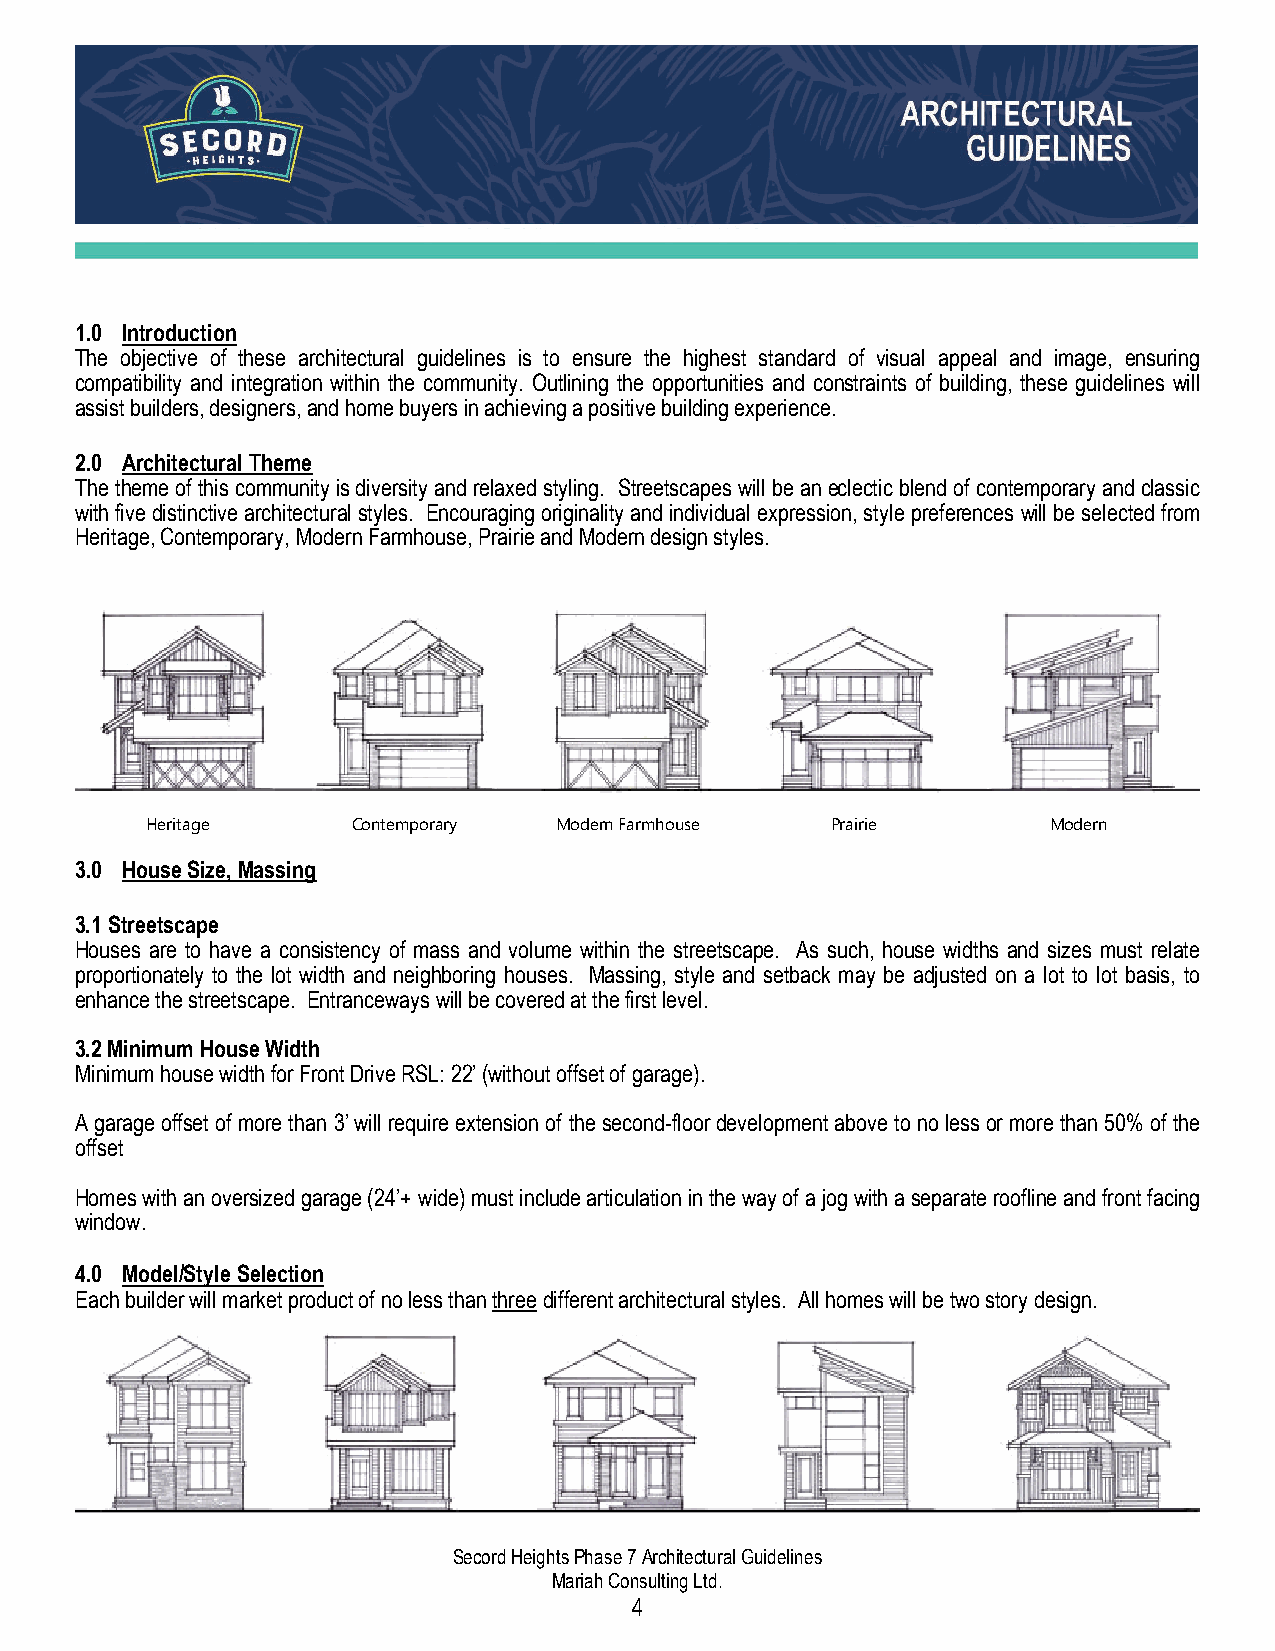
1.0 Introduction
 The objective of these architectural guidelines is to ensure the highest standard of visual appeal and image, ensuring
 compatibility and integration within the community. Outlining the opportunities and constraints of building, these guidelines will
 assist builders, designers, and home buyers in achieving a positive building experience.
 2.0 Architectural Theme
 The theme of this community is diversity and relaxed styling. Streetscapes will be an eclectic blend of contemporary and classic
 with five distinctive architectural styles. Encouraging originality and individual expression, style preferences will be selected from
 Heritage, Contemporary, Modern Farmhouse, Prairie and Modern design styles.
 Heritage     Contemporary  Modern Farmhouse  Prairie       Modern
 3.0 House Size, Massing
 3.1 Streetscape
 Houses are to have a consistency of mass and volume within the streetscape. As such, house widths and sizes must relate
 proportionately to the lot width and neighboring houses. Massing, style and setback may be adjusted on a lot to lot basis, to
 enhance the streetscape. Entranceways will be covered at the first level.
 3.2 Minimum House Width
 Minimum house width for Front Drive RSL: 22’ (without offset of garage).
 A garage offset of more than 3’ will require extension of the second-floor development above to no less or more than 50% of the
 offset
 Homes with an oversized garage (24’+ wide) must include articulation in the way of a jog with a separate roofline and front facing
 window.
 4.0 Model/Style Selection
 Each builder will market product of no less than three different architectural styles. All homes will be two story design.
 Secord Heights Phase 7 Architectural Guidelines
 Mariah Consulting Ltd.
 4